Lunatic asylums Central Provinces reports 1874-1885 - 1874-1885
Year: 1874
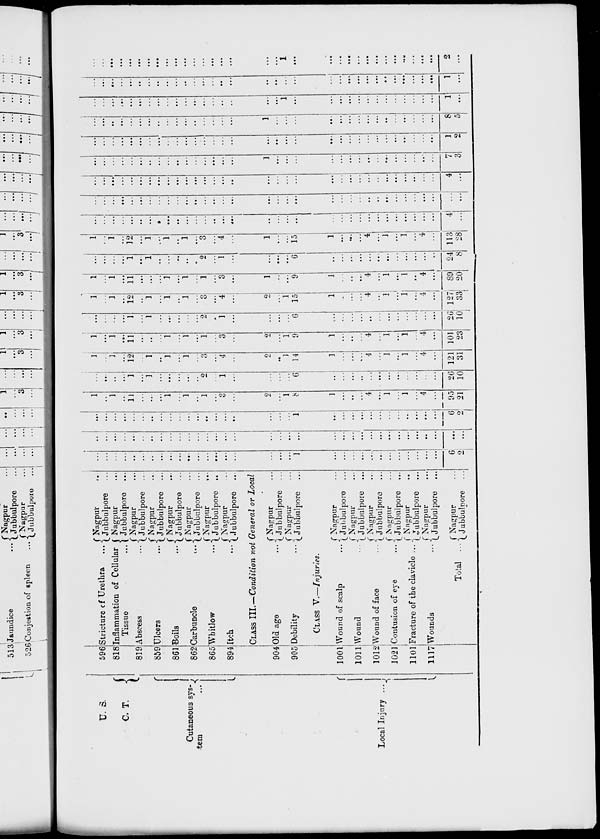
U.S.
C. T.
Cutaneous sys-
tem
...
Local Injury ...
596
818
819
859
861
862
865
894
904
905
1001
1011
1012
1021
1101
1117
Stricture of Urethra
...
Inflammation of Cellular
Tissue ...
Abscess ...
Ulcers ...
Boils
...
Carbuncle
...
Whitlow
...
Itch
...
Nagpur
...
Jubbulpore ...
Nagpur ...
Jubbulpore ...
Nagpur ...
Jubbulpore ...
Nagpur ...
Jubbulpore ...
Nagpur ...
Jubbulpore ...
Nagpur ...
Jubbulpore ...
Nagpur
...
Jubbulpore ...
Nagpur ...
Jubbulpore ...
CLASS III.—Condition not General or Local
Old age
...
Debility
...
Nagpur ...
Jubbulpore ...
Nagpur ...
Jubbulpore ...
CLASS V.—Injuries.
Wound of scalp
...
Wound
...
Wound of face
...
Contusion of eye
...
Fracture of the clavicle ...
Wounds
...
Total
...
Nagpur ...
Jubbulpore ...
Nagpur ...
Jubbulpore ...
Nagpur ...
Jubbulpore ...
Nagpur ...
Jubbulpore ...
Nagpur ...
Jubbulpore ...
Nagpur ...
Jubbulpore ...
Nagpur ...
Jubbulpore ...
...
...
...
...
...
...
...
...
...
...
...
...
...
...
...
...
...
...
...
1
...
...
...
...
...
...
...
...
...
...
...
...
6
2
...
...
...
...
...
...
...
...
...
...
...
...
...
...
...
...
...
...
...
...
...
...
...
...
...
...
...
...
...
...
...
...
...
...
...
...
...
...
...
...
...
...
...
...
...
...
...
...
...
...
...
...
...
1
...
...
...
...
...
...
...
...
...
...
...
...
6
2
1
...
1
...
11
...
...
...
1
...
1
...
1
...
3
...
2
...
1
8
1
...
..
...
4
...
1
...
1
...
4
...
95
21
...
...
...
...
1
...
1
...
...
...
...
...
2
...
1
...
...
...
...
6
...
...
...
...
...
...
...
...
...
...
...
...
26
10
1
...
1
...
12
...
1
...
1
...
1
...
3
...
4
...
2
...
1
14
1
...
...
...
4
...
1
...
1
...
4
...
121
31
1
...
1
...
11
...
...
...
1
...
1
...
1
...
3
...
2
...
1
9
1
...
...
...
4
...
1
...
1
...
4
...
101
23
...
...
...
...
1
...
1
...
...
...
...
...
2
...
1
...
...
...
...
6
...
...
...
...
...
...
...
...
...
...
...
...
26
10
1
...
1
...
12
...
1
...
1
...
1
...
3
...
4
...
2
...
1
15
1
...
...
...
4
...
1
...
1
...
4
...
127
33
1
...
1
...
11
...
...
...
1
...
1
...
1
...
3
...
1
...
...
9
1
...
..
...
4
...
1
...
1
...
4
...
89
20
...
...
...
...
1
...
1
...
...
...
...
...
2
...
1
...
...
...
...
6
...
...
...
...
...
....
...
...
...
...
...
...
24
8
1
...
1
...
12
...
1
...
1
...
1
...
3
...
4
...
1
...
...
15
1
...
...
...
4
...
1
...
1
...
4
...
113
28
...
...
...
...
...
...
...
...
...
...
...
...
...
...
...
...
...
...
...
...
...
...
...
...
...
...
...
...
...
...
...
...
4
...
...
...
...
...
...
...
...
...
...
...
...
...
...
...
...
...
...
...
...
...
...
...
...
...
...
...
...
...
...
...
...
...
...
...
...
...
...
...
...
...
...
...
...
...
...
...
...
...
...
...
...
...
...
...
...
...
...
...
...
...
...
...
...
...
...
...
4
...
...
...
...
...
...
...
...
...
...
...
...
...
...
...
...
...
1
...
...
...
...
...
...
...
...
...
...
...
...
...
...
...
7
3
...
...
...
...
...
...
...
...
...
...
...
...
...
...
...
...
...
...
...
...
...
...
...
...
...
...
...
...
...
...
...
...
1
2
...
...
...
...
...
...
...
...
...
...
...
...
...
...
...
...
1
...
...
...
...
...
...
...
...
...
...
...
...
...
...
...
8
5
...
...
...
...
...
...
...
...
...
...
...
...
...
...
...
...
...
...
1
...
...
...
...
...
...
...
...
...
...
...
...
...
1
...
...
...
...
...
...
...
...
...
...
...
..
...
...
...
...
...
...
...
...
...
...
...
...
...
...
...
...
...
...
...
...
...
1
...
...
...
...
...
...
...
...
...
...
...
...
...
...
...
...
...
...
...
1
...
...
...
...
...
...
...
...
...
...
...
...
...
2
...